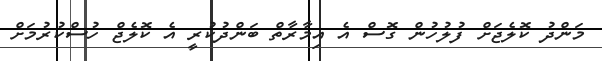
މަންދު ކޮލެޖަށް ފުލުހުން ގޮސް އެ އިމާރާތް ބަންދުކުރީ އެ ކޮލެޖް ހުސްކުރުމަށް